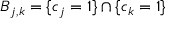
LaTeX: B _ { j , k } = \{ c _ { j } = 1 \} \cap \{ c _ { k } = 1 \}